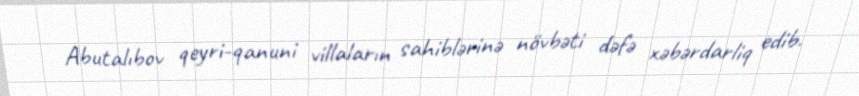
Abutalıbov qeyri-qanuni villaların sahiblərinə növbəti dəfə xəbərdarliq edib.